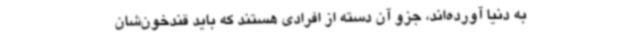
به دنیا آورده‌اند، جزو آن دسته از افرادی هستند که باید قندخون‌شان